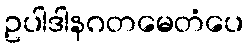
ဥပါဒါနဂတမေတံပေ